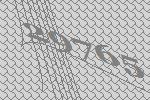
29765